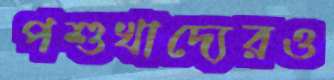
পশুখাদ্যেরও